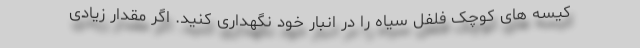
کیسه های کوچک فلفل سیاه را در انبار خود نگهداری کنید. اگر مقدار زیادی